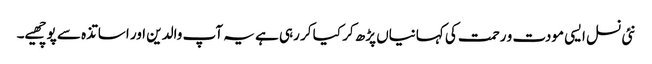
نئی نسل ایسی مودت و رحمت کی کہانیاں پڑھ کر کیا کر رہی ہے یہ آپ والدین اور اساتذہ سے پوچھیے۔